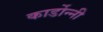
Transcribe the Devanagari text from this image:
कार्डोन्‍नी